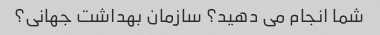
شما انجام می دهید؟ سازمان بهداشت جهانی؟